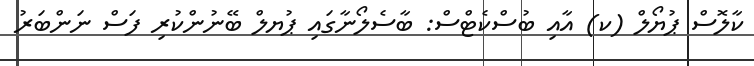
ކާލޮސް ޕުޔޯލް (ކ) އާއި ބުސްކެޓްސް: ބާސެލޯނާގައި ޕުޔލް ބޭނުންކުރި ފަސް ނަންބަރު